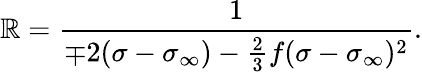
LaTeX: \mathbb{R}=\frac{{1}}{{\mp2(\sigma-\sigma_{\infty})-\frac{{2}}{{3}}f(\sigma-\sigma_{\infty})^{2}}}.